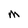
Character: M